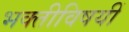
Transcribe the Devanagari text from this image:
भक्तीविषयीं